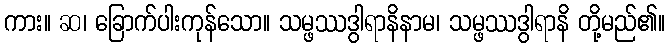
ကား။ ဆ၊ ခြောက်ပါးကုန်သော။ သမ္ဖဿဒွါရာနိနာမ၊ သမ္ဖဿဒွါရာနိ တို့မည်၏။